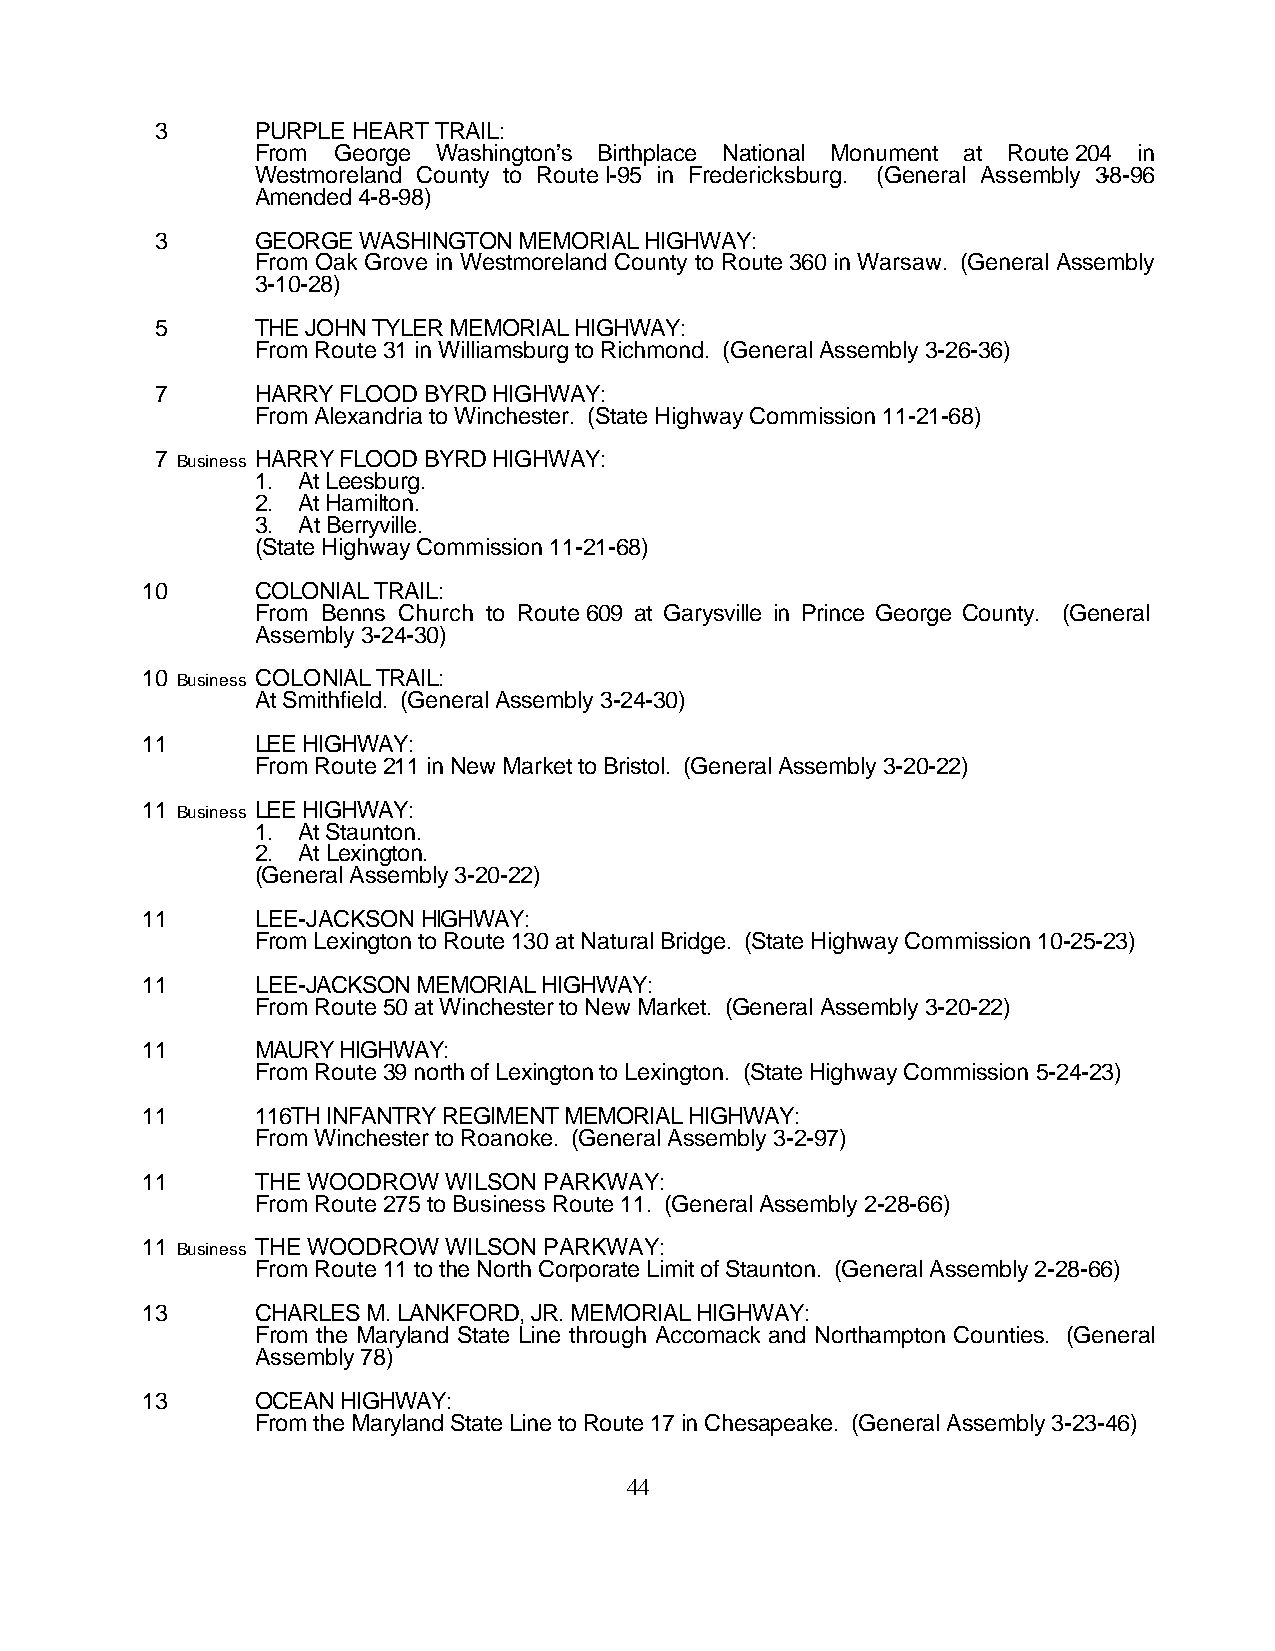
3      PURPLE HEART TRAIL:
 From George Washington’s Birthplace National Monument at Route 204 in
 Westmoreland County to Route I-95 in Fredericksburg. (General Assembly 3-8-96
 Amended 4-8-98)
 3      GEORGE WASHINGTON MEMORIAL HIGHWAY:
 From Oak Grove in Westmoreland County to Route 360 in Warsaw. (General Assembly
 3-10-28)
 5      THE JOHN TYLER MEMORIAL HIGHWAY:
 From Route 31 in Williamsburg to Richmond. (General Assembly 3-26-36)
 7      HARRY FLOOD BYRD HIGHWAY:
 From Alexandria to Winchester. (State Highway Commission 11-21-68)
 7 Business HARRY FLOOD BYRD HIGHWAY:
 1. At Leesburg.
 2. At Hamilton.
 3. At Berryville.
 (State Highway Commission 11-21-68)
 10      COLONIAL TRAIL:
 From Benns Church to Route 609 at Garysville in Prince George County. (General
 Assembly 3-24-30)
 10 Business COLONIAL TRAIL:
 At Smithfield. (General Assembly 3-24-30)
 11      LEE HIGHWAY:
 From Route 211 in New Market to Bristol. (General Assembly 3-20-22)
 11 Business LEE HIGHWAY:
 1. At Staunton.
 2. At Lexington.
 (General Assembly 3-20-22)
 11      LEE-JACKSON HIGHWAY:
 From Lexington to Route 130 at Natural Bridge. (State Highway Commission 10-25-23)
 11      LEE-JACKSON MEMORIAL HIGHWAY:
 From Route 50 at Winchester to New Market. (General Assembly 3-20-22)
 11      MAURY HIGHWAY:
 From Route 39 north of Lexington to Lexington. (State Highway Commission 5-24-23)
 11      116TH INFANTRY REGIMENT MEMORIAL HIGHWAY:
 From Winchester to Roanoke. (General Assembly 3-2-97)
 11      THE WOODROW WILSON PARKWAY:
 From Route 275 to Business Route 11. (General Assembly 2-28-66)
 11 Business THE WOODROW WILSON PARKWAY:
 From Route 11 to the North Corporate Limit of Staunton. (General Assembly 2-28-66)
 13      CHARLES M. LANKFORD, JR. MEMORIAL HIGHWAY:
 From the Maryland State Line through Accomack and Northampton Counties. (General
 Assembly 78)
 13      OCEAN HIGHWAY:
 From the Maryland State Line to Route 17 in Chesapeake. (General Assembly 3-23-46)
 44